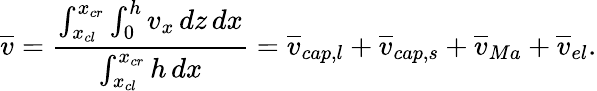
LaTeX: \overline{{v}}=\frac{\int_{x_{cl}}^{x_{cr}}\int_{0}^{h}v_{x}\, dz\, dx}{\int_{x_{cl}}^{x_{cr}}h\, dx}=\overline{{v}}_{cap,l}+\overline{{v}}_{cap,s}+\overline{{v}}_{Ma}+\overline{{v}}_{el}.